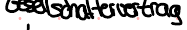
Gesellschaftervertrag